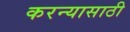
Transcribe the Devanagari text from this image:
करन्यासाठी